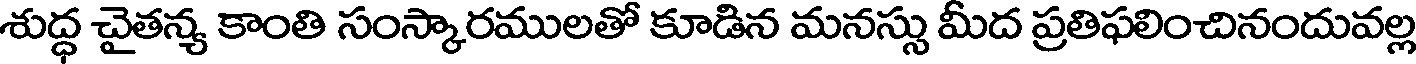
శుద్ధ చైతన్య కాంతి సంస్కారములతో కూడిన మనస్సు మీద ప్రతిఫలించినందువల్ల